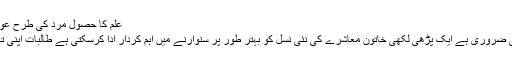
علم کا حصول مرد کی طرح عورت کیلئے بھی ضروری ہے، سیف اللہ کھیتران | Geo Urdu
سبی (نامہ نگار) علم کا حصول مرد کی طرح عورت کیلئے بھی ضروری ہے ایک پڑھی لکھی خاتون معاشرے کی نئی نسل کو بہتر طور پر سنوارنے میں اہم کردار ادا کرسکتی ہے طالبات اپنی تعلیم پر خصوصی توجہ دیکر اچھی پوزیشن ہولڈرز بن سکتی ہیں۔